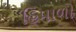
હિમાળો